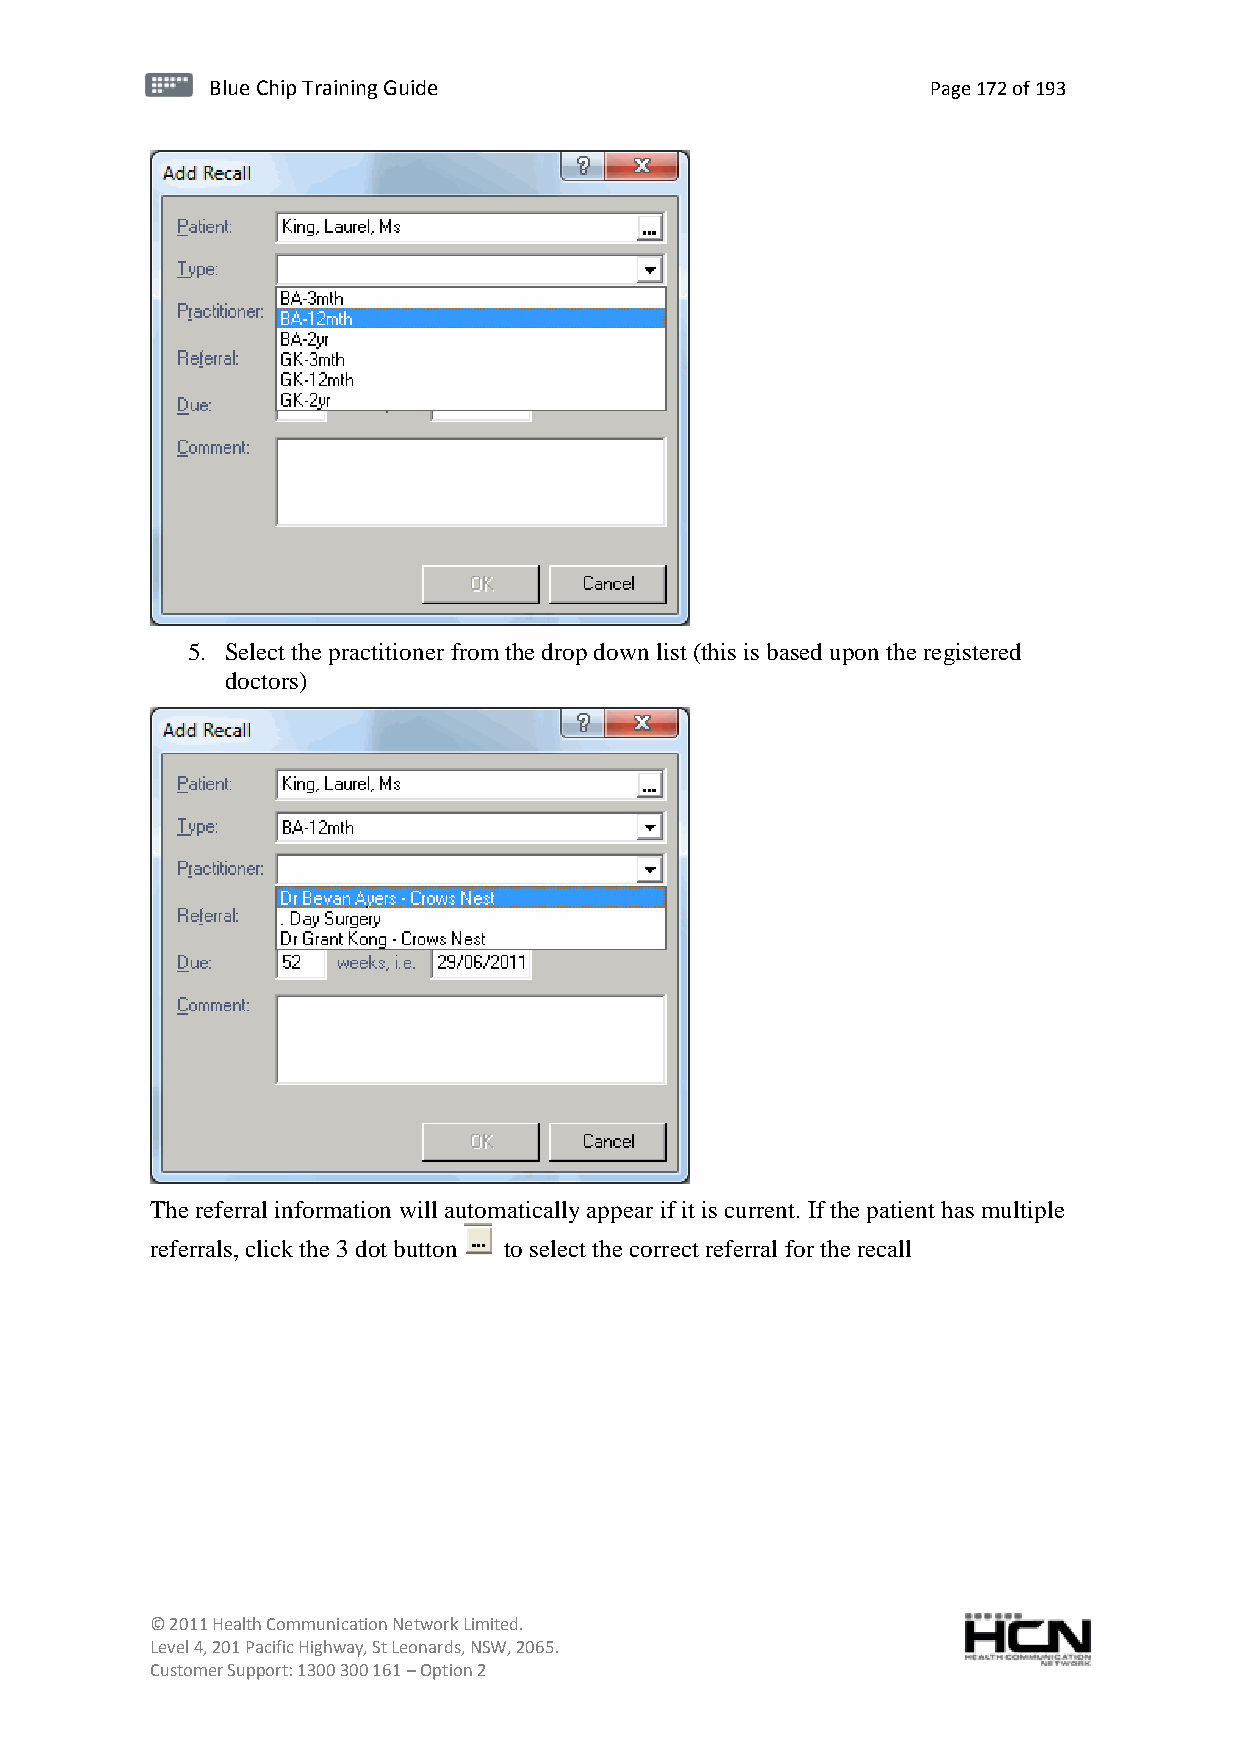
BBlluuee C Chihpi pTr Tairnainingi Gnugi dGeu ide Page 172 of 193
 5. Select the practitioner from the drop down list (this is based upon the registered
 doctors)
 The referral information will automatically appear if it is current. If the patient has multiple
 referrals, click the 3 dot button to select the correct referral for the recall
 © 2011 Health Communication Network Limited.
 Level 4, 201 Pacific Highway, St Leonards, NSW, 2065.
 Customer Support: 1300 300 161 – Option 2